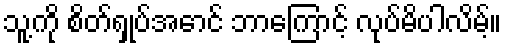
သူ့ကို စိတ်ရှုပ်အောင် ဘာကြောင့် လုပ်မိပါလိမ့်။